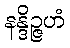
နန္ဒိဉ္ဇဟံ